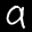
Label: 9